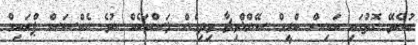
ބުނެވޭ ގޮތުގައި އައިސް ކްރީމް ސޭންޑްވިޗާ ވިދިގެން ލަސްތަކެއް ނުވެ ނެކްސަސް ޕްރައިމް